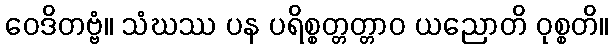
ဝေဒိတဗ္ဗံ။ သံဃဿ ပန ပရိစ္စတ္တတ္တာဝ ယညောတိ ဝုစ္စတိ။